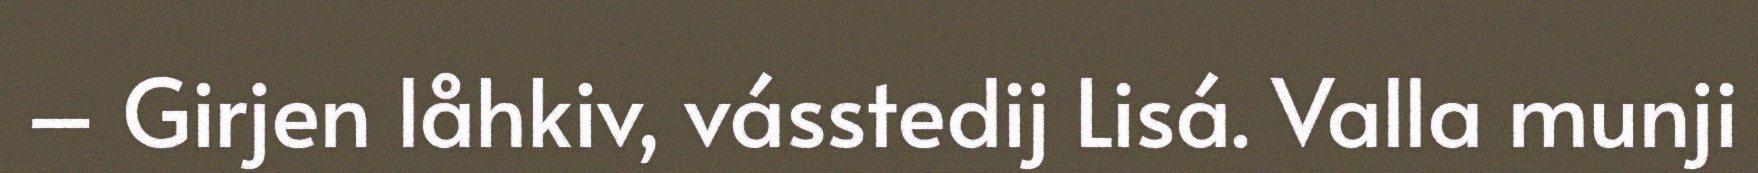
– Girjen låhkiv, vásstedij Lisá. Valla munji